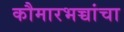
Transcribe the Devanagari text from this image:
कौमारभच्चांचा